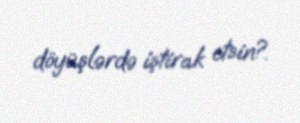
döyüşlərdə iştirak etsin?.